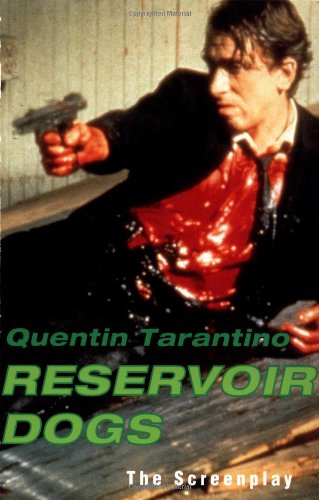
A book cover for Reservoir Dogs: The Screenplay; Quentin Tarantino; Humor & Entertainment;